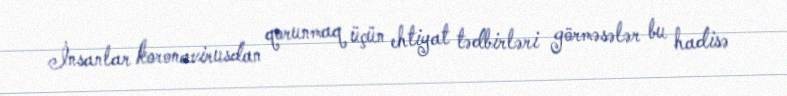
İnsanlar koronavirusdan qorunmaq üçün ehtiyat tədbirləri görməsələr bu hadisə